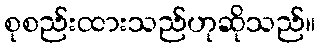
စုစည်းထားသည်ဟုဆိုသည်။